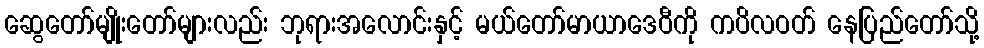
ဆွေတော်မျိုးတော်များလည်း ဘုရားအလောင်းနှင့် မယ်တော်မာယာဒေဝီကို ကပိလဝတ် နေပြည်တော်သို့